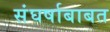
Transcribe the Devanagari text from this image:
संघर्षाबाबत